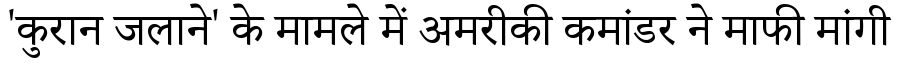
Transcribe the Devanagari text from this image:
'कुरान जलाने' के मामले में अमरीकी कमांडर ने माफी मांगी